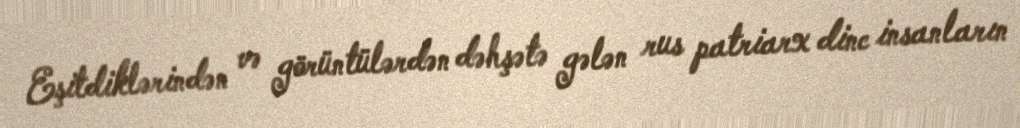
Eşitdiklərindən və görüntülərdən dəhşətə gələn rus patriarx dinc insanların